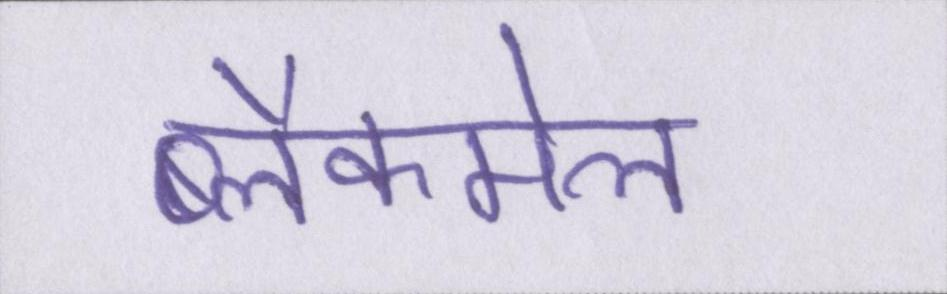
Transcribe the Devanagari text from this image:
ब्लैकमेल